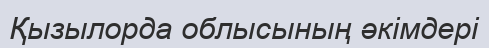
Қызылорда облысының әкімдері